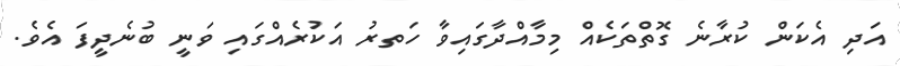
އަދި އެކަން ކުރާނެ ގޮތްތަކެއް މިމާއްދާގައިވާ ހަަތރު އަކުރެއްގައި ވަނީ ބުނެދީފަ އެވެެ.